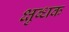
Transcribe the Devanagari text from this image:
क्षुब्धक